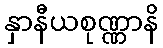
နှာနီယစုဏ္ဏာနိ